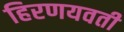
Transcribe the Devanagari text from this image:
हिरणयवती